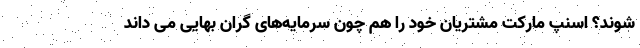
شوند؟ اسنپ مارکت مشتریان خود را هم چون سرمایه‌های گران بهایی می داند